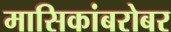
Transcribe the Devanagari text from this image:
मासिकांबरोबर